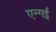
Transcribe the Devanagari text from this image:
एन्गई